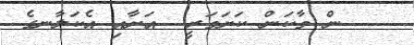
ން ވާކަން ކަށަވަރީ  އަށާއި އެކަލާނގެ